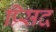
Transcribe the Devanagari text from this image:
प्र्सिद